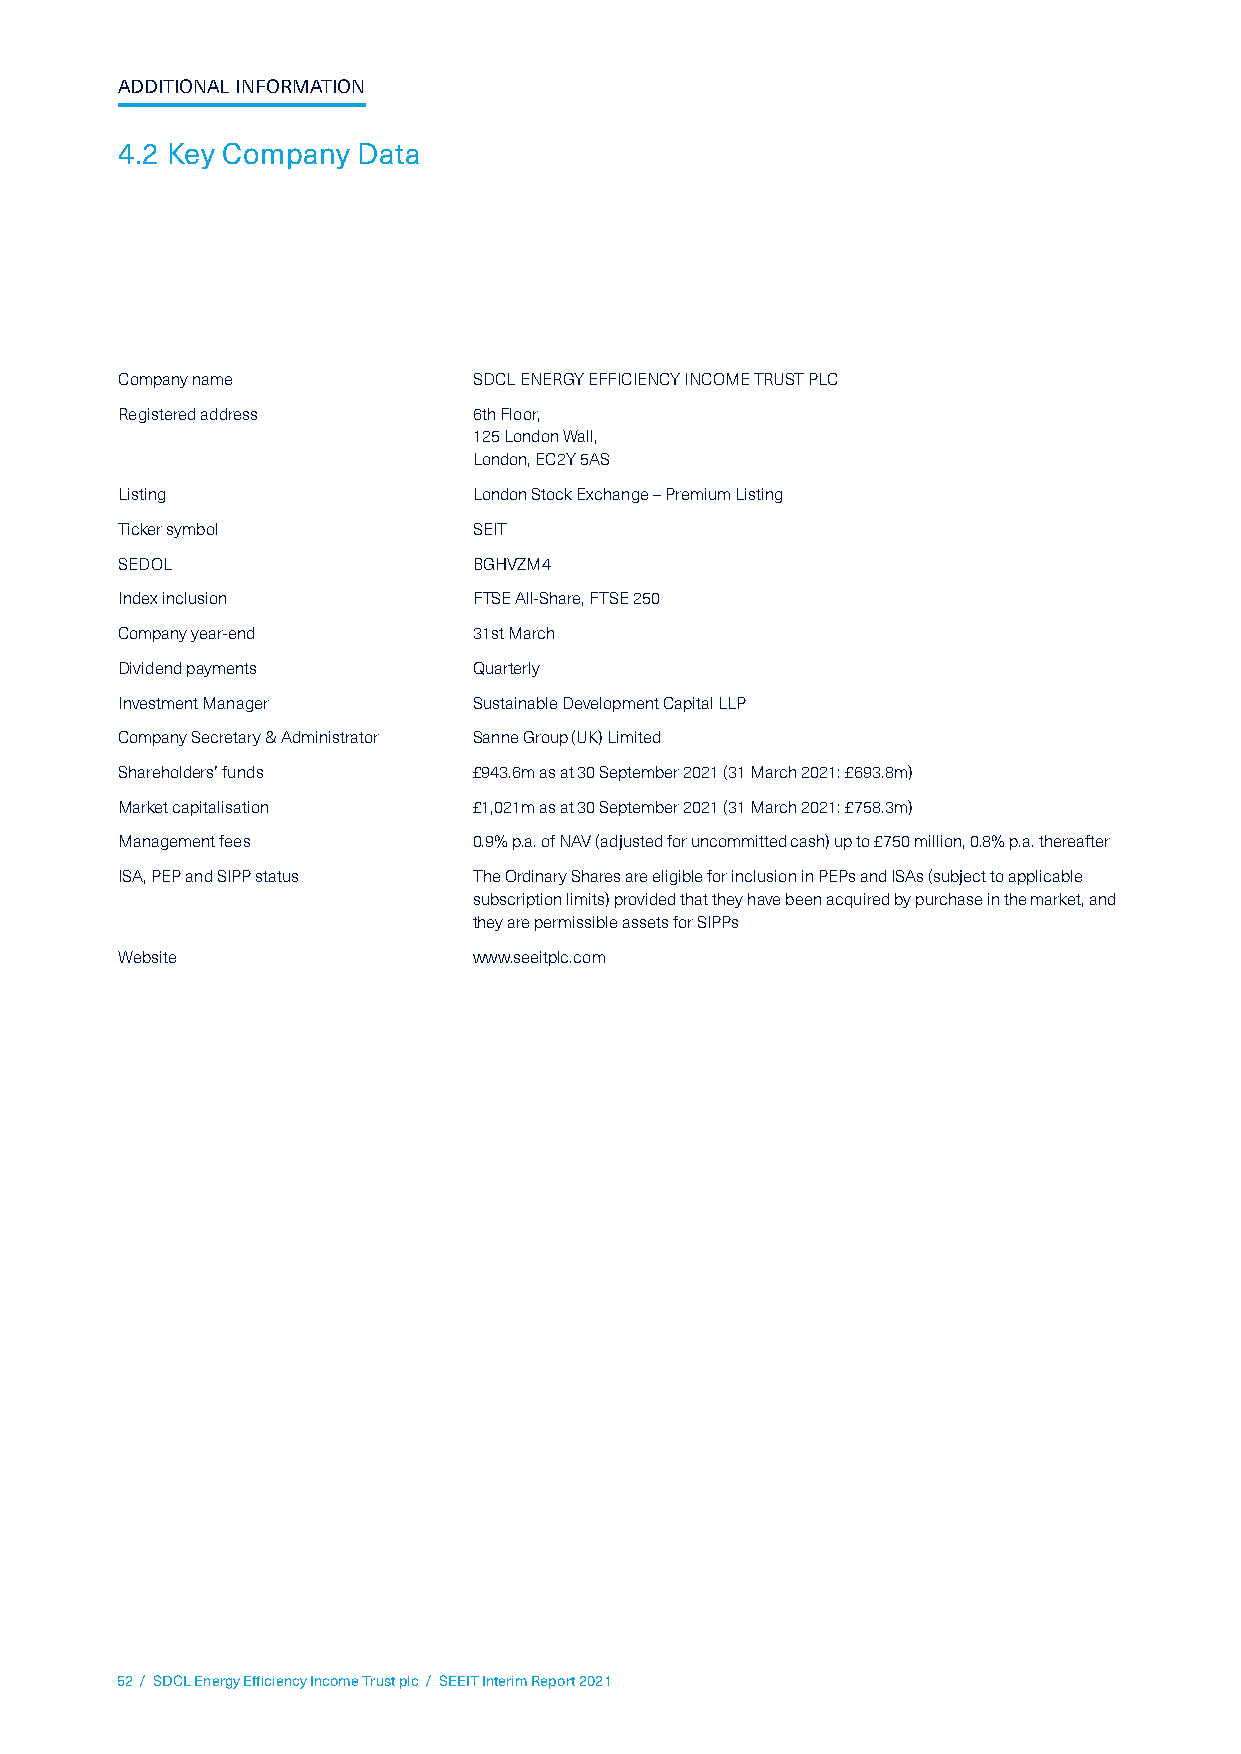
ADDITIONAL INFORMATION
 4.2 Key Company Data
 Company name           SDCL ENERGY EFFICIENCY INCOME TRUST PLC
 Registered address     6th Floor,
 125 London Wall,
 London, EC2Y 5AS
 Listing                London Stock Exchange – Premium Listing
 Ticker symbol          SEIT
 SEDOL                  BGHVZM4
 Index inclusion        FTSE All-Share, FTSE 250
 Company year-end       31st March
 Dividend payments      Quarterly
 Investment Manager     Sustainable Development Capital LLP
 Company Secretary & Administrator Sanne Group (UK) Limited
 Shareholders’ funds    £943.6m as at 30 September 2021 (31 March 2021: £693.8m)
 Market capitalisation  £1,021m as at 30 September 2021 (31 March 2021: £758.3m)
 Management fees        0.9% p.a. of NAV (adjusted for uncommitted cash) up to £750 million, 0.8% p.a. thereafter
 ISA, PEP and SIPP status The Ordinary Shares are eligible for inclusion in PEPs and ISAs (subject to applicable
 subscription limits) provided that they have been acquired by purchase in the market, and
 they are permissible assets for SIPPs
 Website                www.seeitplc.com
 52 / SDCL Energy Efficiency Income Trust plc / SEEIT Interim Report 2021